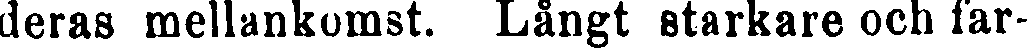
deras mellankomst. Långt starkare och far-